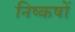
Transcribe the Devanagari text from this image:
निष्कषों